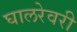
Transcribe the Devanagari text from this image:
घालरेवरी